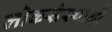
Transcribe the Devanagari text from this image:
लोकसंस्थाओं